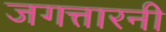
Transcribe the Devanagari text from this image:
जगत्तारनी